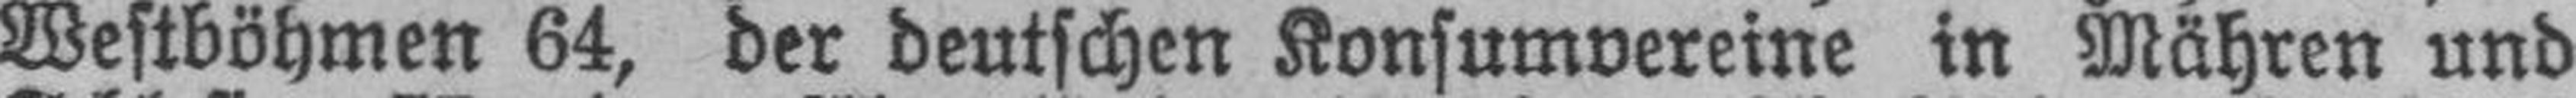
Westböhmen 64, der deutschen Konsumvereine in Mähren und